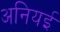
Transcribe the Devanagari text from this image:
अनियई